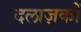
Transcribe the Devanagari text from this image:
दलाज़कों